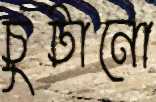
চুটানো